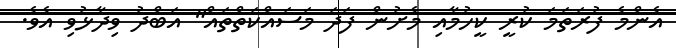
އެންމެ ފުރަތަމަ ކުރީ ކީހުމާއި މެށުން ފަދަ މަސައްކަތްތައް" އަބްދު ވިދާޅުވި އެވެ.